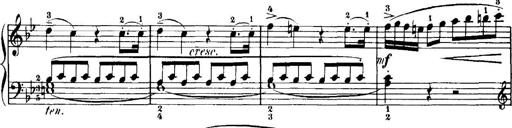
Title: 7 Sonatinas
Composer: Anton Diabelli